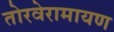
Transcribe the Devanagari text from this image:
तोरवेरामायण